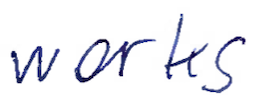
Text: works
Cross-out: clean
Writing tool: ballpoint